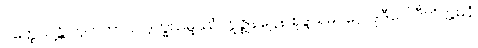
ပတ္ထေယျန္တိ ဘူတတာယ ဒုက္ခသမ္ဖဿံ ဣဇ္ဈနဋ္ဌေန စုဒ္ဒသမဝဂ္ဂေါ ဒုဒီပေါ ဝီတိက္ကမနံ